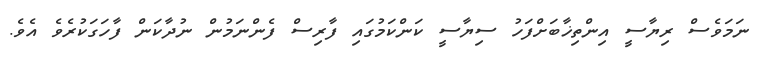
ނަމަވެސް ރިޔާސީ އިންތިޚާބަށްފަހު ސިޔާސީ ކަންކަމުގައި ފާރިސް ފެންނަމުން ނުދާކަން ފާހަގަކުރެވެ އެވެ.